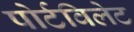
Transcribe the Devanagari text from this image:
पोर्टविलेट